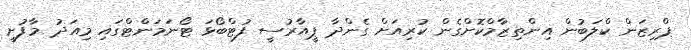
ޕްރިޒަން ކްލަބުން އިންތިޒާމްކޮށްގެން ކުރިއަށް ގެންދާ ޕީއާރުސީ ފުޓްބޯޅަ ޓޯނަމަންޓްގައި މިއަދު މާފުށީ